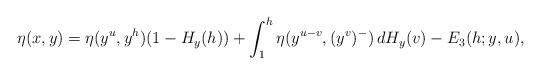
LaTeX: \begin{align*}\eta(x,y)=\eta(y^u,y^h)(1-H_y(h))+\int_{1}^{h}\eta(y^{u-v},(y^v)^-)\,dH_y(v)-E_3(h;y,u),\end{align*}